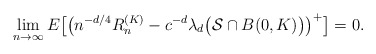
\begin{align*} \lim_{n\to\infty} E \bigl[ \bigl(n^{-d/4}R_n^{(K)}- c^{-d}\lambda _d\bigl(\mathcal{S}\cap B(0,K)\bigr) \bigr)^+ \bigr]= 0.\end{align*}